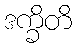
ဒက္ခိတိ